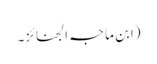
(ابن ماجہ الجنائز۔